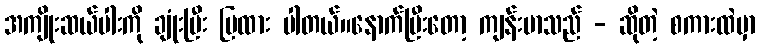
အကျိုးဆယ်ပါးကို ချုံးပြီး ပြထား ပါတယ်။နောက်ပြီးတော့ ကျန်းမာသည် - ဆိုတဲ့ စကားထဲမှာ